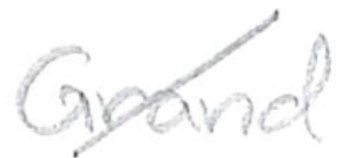
Text: Grand
Cross-out: diagonal
Writing tool: pencil